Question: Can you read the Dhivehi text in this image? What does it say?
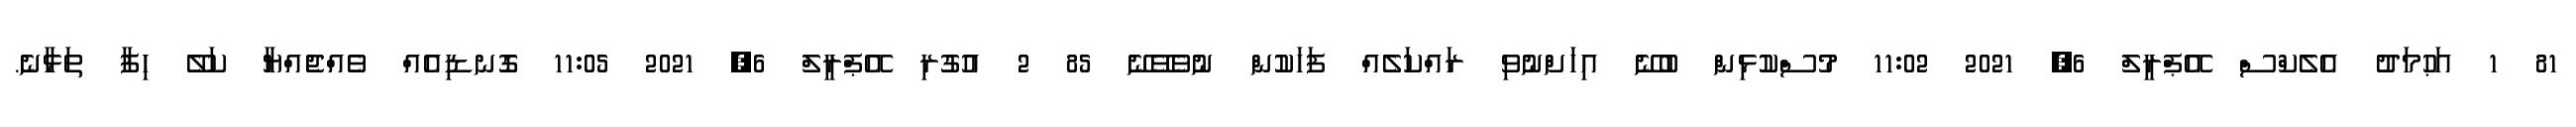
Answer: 81 1 އަޙުމަދު އެލެކްސް އޭޕްރީލް 6, 2021 11:02 މުސްކުޅިން ބުނޭ އިހަށްނުވި ރައްކަލެއް ފަހަކުން ނުވެވޭނޭ 85 2 އުގުރި އޭޕްރީލް 6, 2021 11:05 ގޮނޑިއެއް ވެއްޖެއްޔާ ކަލޭ ހިފާ ތަޅާނެ.